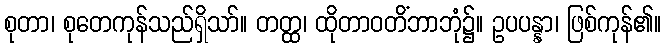
စုတာ၊ စုတေကုန်သည်ရှိသာ်။ တတ္ထ၊ ထိုတာဝတိံဘာဘုံ၌။ ဥပပန္နာ၊ ဖြစ်ကုန်၏။